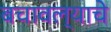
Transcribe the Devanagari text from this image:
बचावल्याचे